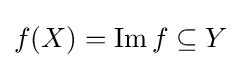
f(X)=\operatorname {Im} f\subseteq Y